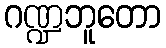
ဂဏ္ဍဘူတော